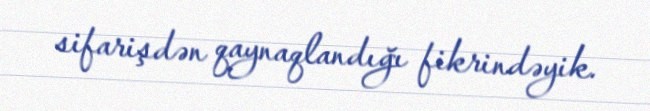
sifarişdən qaynaqlandığı fikrindəyik.